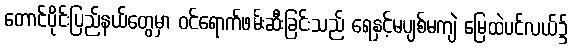
တောင်ပိုင်းပြည်နယ်တွေမှာ ဝင်ရောက်ဖမ်းဆီးခြင်းသည် ရေနှင့်မပျစ်မကျဲ မြေထဲပင်လယ်၌